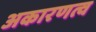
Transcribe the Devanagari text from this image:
अकारणत्व